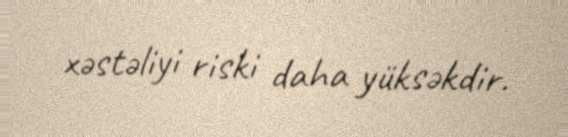
xəstəliyi riski daha yüksəkdir.